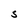
Character: S